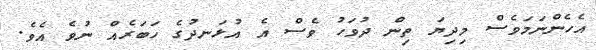
އެހެންނަމަވެސް މިދިޔަ ތިން ދުވަހު ވެސް އެ އުޅަނދުގެ ހަބަރެއް ނުވެ އެވެ.